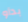
بدأو